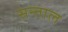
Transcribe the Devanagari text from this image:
सन्ताल